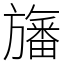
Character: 旛